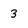
Character: 3